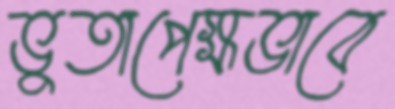
ভুতাপেক্ষভাবে